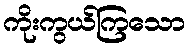
ကိုးကွယ်ကြသော